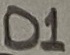
Text: D1